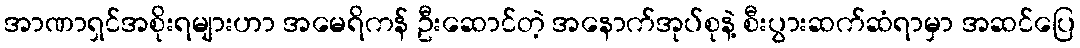
အာဏာရှင်အစိုးရများဟာ အမေရိကန် ဦးဆောင်တဲ့ အနောက်အုပ်စုနဲ့ စီးပွားဆက်ဆံရာမှာ အဆင်ပြေ